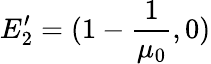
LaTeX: E_{2}^{\prime}=(1-\frac{1}{\mu_{0}},0)